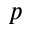
_ p